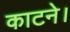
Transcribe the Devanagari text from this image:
काटने।